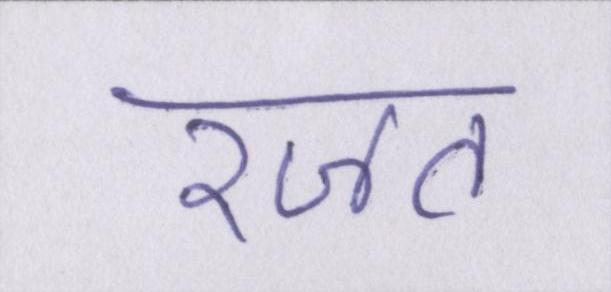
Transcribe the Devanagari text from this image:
रजत